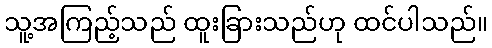
သူ့အကြည့်သည် ထူးခြားသည်ဟု ထင်ပါသည်။